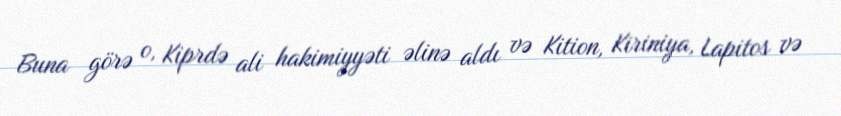
Buna görə o, Kiprdə ali hakimiyyəti əlinə aldı və Kition, Kiriniya, Lapitos və